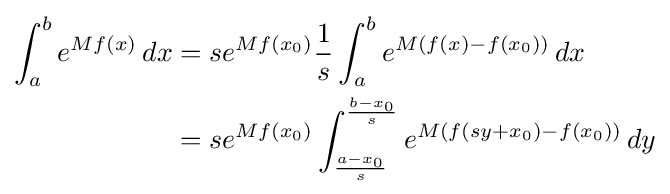
{\begin{aligned}\int _{a}^{b}e^{Mf(x)}\,dx&=se^{Mf(x_{0})}{\frac {1}{s}}\int _{a}^{b}e^{M(f(x)-f(x_{0}))}\,dx\\&=se^{Mf(x_{0})}\int _{\frac {a-x_{0}}{s}}^{\frac {b-x_{0}}{s}}e^{M(f(sy+x_{0})-f(x_{0}))}\,dy\end{aligned}}